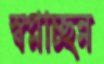
স্বপ্নাচ্ছন্ন